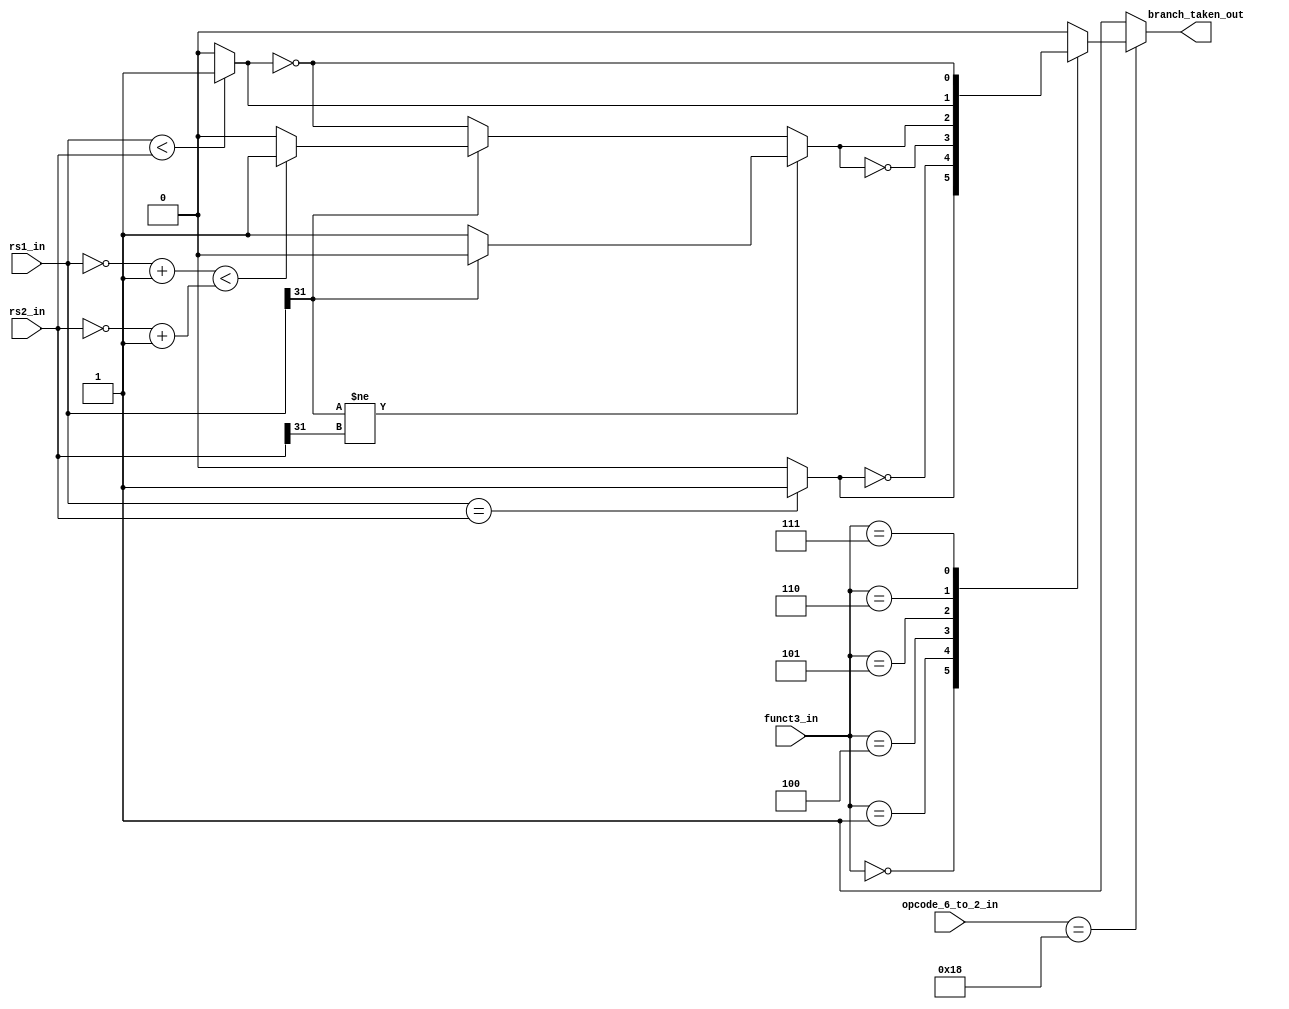
module branch_unit( rs1_in , rs2_in , opcode_6_to_2_in , funct3_in , branch_taken_out);
input [31:0] rs1_in , rs2_in ;
input [6:2] opcode_6_to_2_in;
input [2:0] funct3_in;
output reg branch_taken_out;
wire [31:0] crs1 , crs2;

assign beq = (rs1_in == rs2_in)? 1:0;
assign bne = ~beq;
assign crs1 = ~rs1_in + 1'b1;
assign crs2 = ~rs2_in + 1'b1;

assign crsl = (crs1 < crs2)? 1:0;
assign bltu = (rs1_in < rs2_in)? 1:0;
assign bgeu = ~bltu;

assign bge = (rs1_in[31] != rs2_in[31])? ((rs1_in[31]==0)? 1:0):((rs1_in[31]==1)?crsl:bgeu);
assign blt =~bge;

always @ (*)
begin
if(opcode_6_to_2_in == 5'b11000)
begin
case(funct3_in)
3'b000 : branch_taken_out=beq;
3'b001 : branch_taken_out= bne;
3'b100 :branch_taken_out = blt;
3'b101 : branch_taken_out = bge;
3'b110 : branch_taken_out = bltu;
3'b111 : branch_taken_out = bgeu;
default: branch_taken_out = 0;
endcase
end
else if (opcode_6_to_2_in == 5'b11011 ||opcode_6_to_2_in == 5'b11001)
branch_taken_out = 1;
else
branch_taken_out = 1;
end
endmodule